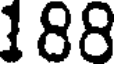
188